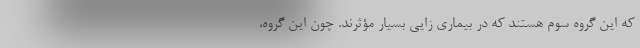
که این گروه سوم هستند که در بیماری زایی بسیار مؤثرند. چون این گروه،